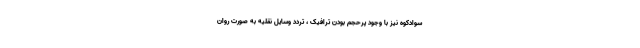
سوادکوه نیز با وجود پرحجم بودن ترافیک ، تردد وسایل نقلیه به صورت روان